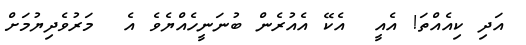
އަދި ކިއެއްތަ! އެއީ  އެކޭ އެއުރެން ބުނަނީހެއްޔެވެ އެ  މަރުވެދިޔުމަށް